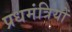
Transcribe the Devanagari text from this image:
प्रधमंत्रियों